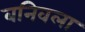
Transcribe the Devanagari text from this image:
बनिवला